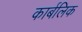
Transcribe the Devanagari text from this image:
कार्बलिक